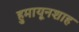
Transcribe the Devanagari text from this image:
हुमायूनशाह